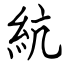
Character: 䋁